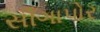
સીઁગાપોર